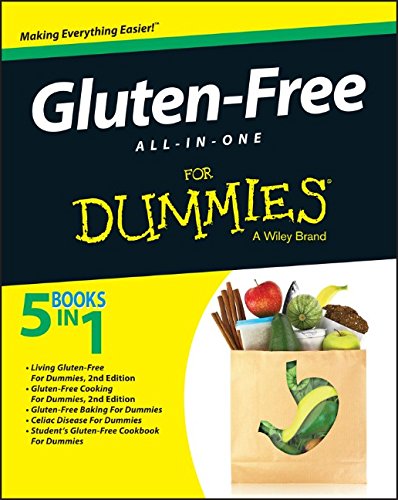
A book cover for Gluten-Free All-In-One For Dummies; Consumer Dummies; Cookbooks, Food & Wine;